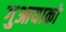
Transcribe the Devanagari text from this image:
गुआयाको